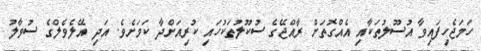
ހަމަޖެހިފައިވާ އުސޫލުތަކާއި އެއްގޮތަށް ރާއްޖޭގެ ސުކޫލުތަކުހައި ކުރިއަށްދާ ކަމަށެވެ. އަދި އޭލެވެލްގެ ސުވާލު